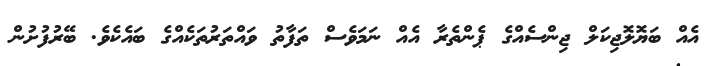
އެއް ބަޔޮލޮޖިކަލް ޖިންސެއްގެ ޕެންތެރާ އެއް ނަމަވެސް ތަފާތު ވައްތަރުތަކެއްގެ ބައެކެވެ. ބޭރުފުށުން